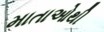
માતાઓથી